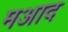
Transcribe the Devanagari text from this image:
मआद